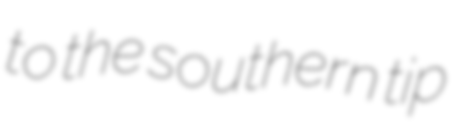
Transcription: to the southern tip